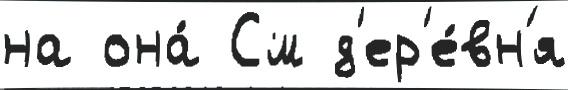
на она́ См д'ер'е́вн'я